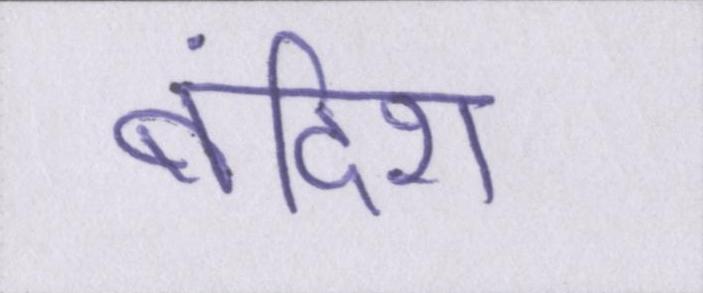
बंदिश